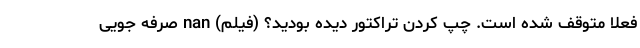
فعلا متوقف شده است. چپ کردن تراکتور دیده بودید؟ (فیلم) nan صرفه جویی